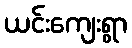
ယင်းကျေးရွာ